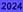
2024